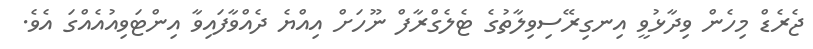
ޖެރެޑް މިހެން ވިދާޅުވީ އިނގިރޭސިވިލާތުގެ ޓެލެގްރާފް ނޫހަށް އިއްޔެ ދެއްވާފައިވާ އިންޓަވިއުއެއްގަ އެވެ.